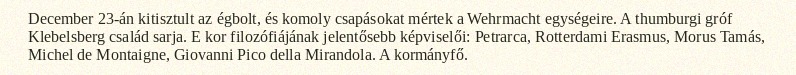
December 23-án kitisztult az égbolt, és komoly csapásokat mértek a Wehrmacht egységeire. A thumburgi gróf Klebelsberg család sarja. E kor filozófiájának jelentősebb képviselői: Petrarca, Rotterdami Erasmus, Morus Tamás, Michel de Montaigne, Giovanni Pico della Mirandola. A kormányfő.